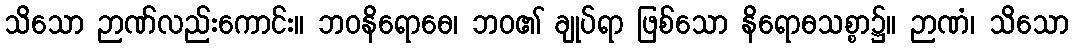
သိသော ဉာဏ်လည်းကောင်း။ ဘဝနိရောဓေ၊ ဘဝ၏ ချုပ်ရာ ဖြစ်သော နိရောဓသစ္စာ၌။ ဉာဏံ၊ သိသော